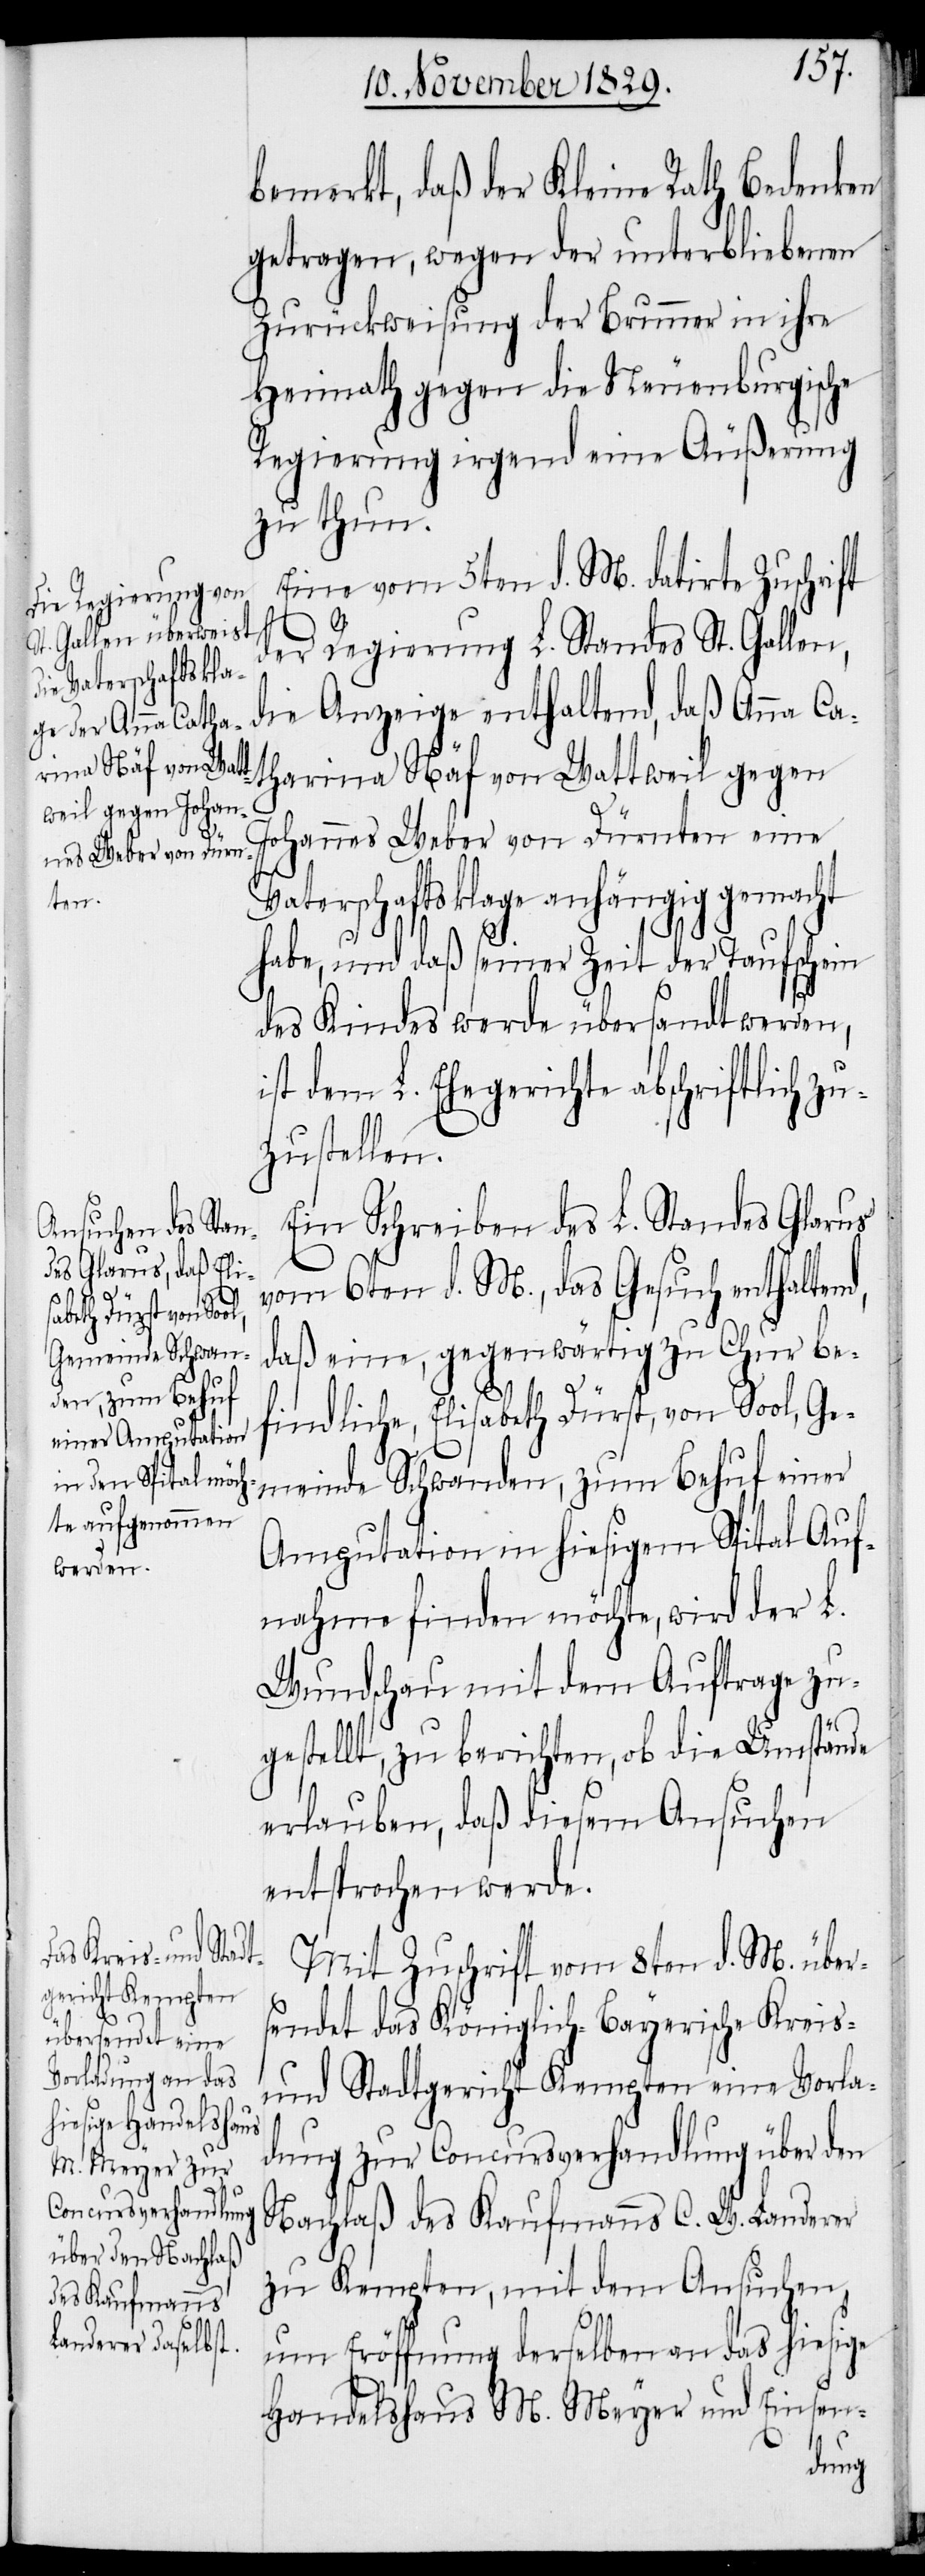
bemerkt, daß der Kleine Rath Bedenken
getragen, wegen der unterbliebenen
Zurückweisung der Brunner in ihre
Heimath gegen die Neunburgische
Regierung irgend eine Äußerung
zu thun.
Eine vom 5ten d. M. datirte Zuschrift
der Regierung L. Standes St. Gallen,
die Anzeige enthaltend, daß Anna Ca¬
tharina Näf von Wattweil gegen
Johannes Weber von Dürnten eine
Vaterschaftsklage anhängig gemacht
habe, und daß seiner Zeit der Taufschein
des Kindes werde übersandt werden,
ist dem L. Ehegerichte abschriftlich zu¬
zustellen.
Ein Schreiben des L. Standes Glarus
vom 6ten d. M., das Gesuch enthaltend,
daß eine, gegenwärtig zu Chur be¬
findliche, Elisabeth Dürst, von Sool, Ge¬
meinde Schwanden, zum Behuf einer
Amputation in hiesigem Spital Auf¬
nahme finden möchte, wird der L.
Wundschau mit dem Auftrage zu¬
gestellt, zu berichten, ob die Umstände
erlauben, daß diesem Ansuchen
entsprochen werde.
Mit Zuschrift vom 8ten d. M. über¬
sendet das Königlich-Bayerische Kreis-
und Stadtgericht Kempten eine Vorla¬
dung zur Concursverhandlung über den
Nachlaß des Kaufmanns C. W. Landerer
zu Kempten, mit dem Ansuchen,
um Eröffnung derselben an das hiesige
Handelshaus M. Meyer und Einsen-